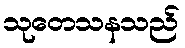
သုတေသနသည်